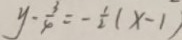
y - \frac { 3 } { 4 } = - \frac { 1 } { 2 } ( x - 1 )